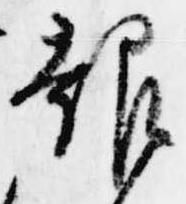
報